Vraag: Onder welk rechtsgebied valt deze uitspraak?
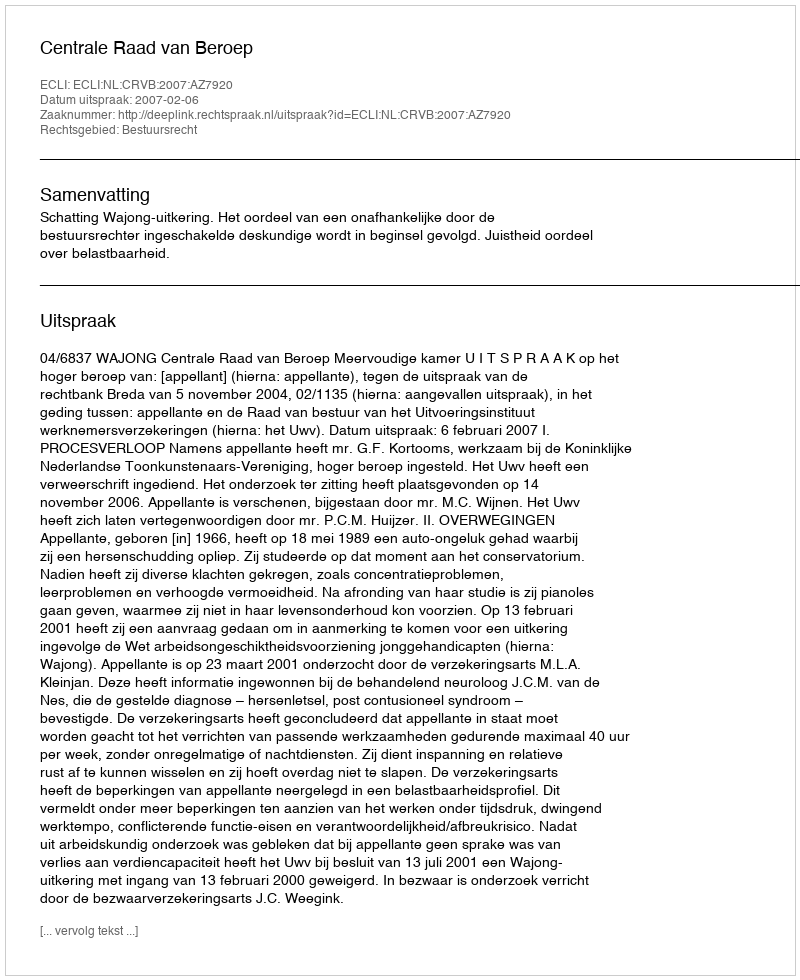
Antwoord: Bestuursrecht